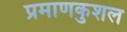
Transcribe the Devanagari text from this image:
प्रमाणकुशल